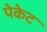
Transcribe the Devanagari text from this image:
पेकेट